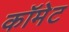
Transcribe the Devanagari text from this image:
कॉमेट